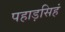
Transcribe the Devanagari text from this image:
पहाड़सिहं